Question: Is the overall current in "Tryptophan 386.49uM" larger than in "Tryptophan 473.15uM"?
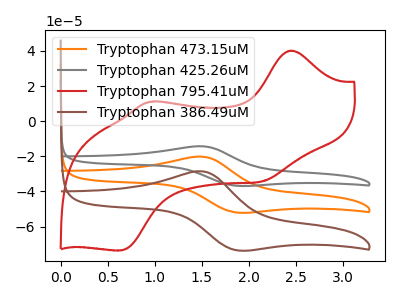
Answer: <think>The orange curve "Tryptophan 473.15uM" has an anodic peak at (1.50V, -20.20uA) and a cathodic peak at (1.90V, -52.00uA). The gray curve "Tryptophan 425.26uM" has an anodic peak at (1.50V, -40.35uA) and a cathodic peak at (1.90V, -103.95uA). The red curve "Tryptophan 795.41uM" has anodic peaks at (2.45V, 40.20uA) (0.95V, 11.10uA) and cathodic peaks at (2.15V, -34.40uA) (0.65V, -73.60uA). The brown curve "Tryptophan 386.49uM" has an anodic peak at (1.50V, -28.55uA) and a cathodic peak at (1.90V, -73.50uA).
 All the peaks in "Tryptophan 386.49uM" have a peak in "Tryptophan 473.15uM" at the same potential.</think>
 <answer>I cant tell if "Tryptophan 386.49uM" or "Tryptophan 473.15uM" has more signal.</answer>
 <eval>mixed_signal</eval>